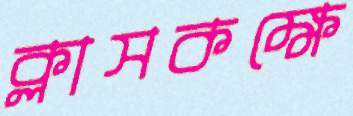
ক্লাসকক্ষে